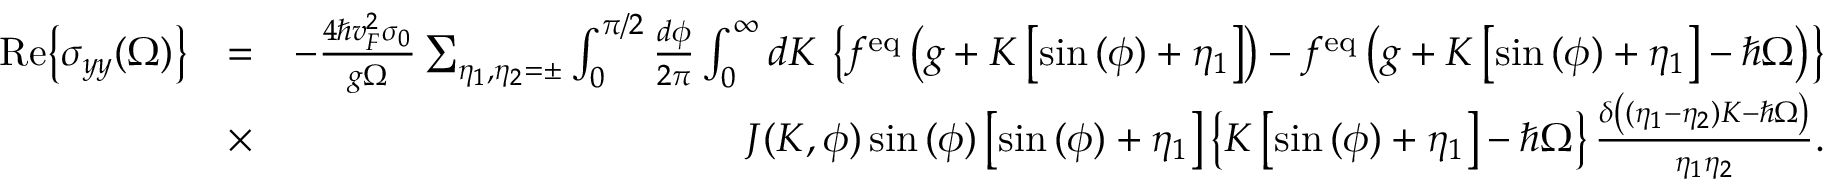
\begin{array} { r l r } { \mathrm { R e } { \left\{ \sigma _ { y y } ( \Omega ) \right\} } } & { = } & { - \frac { 4 \hbar v _ { F } ^ { 2 } \sigma _ { 0 } } { g \Omega } \sum _ { \eta _ { 1 } , \eta _ { 2 } = \pm } \int _ { 0 } ^ { \pi / 2 } \frac { d \phi } { 2 \pi } \int _ { 0 } ^ { \infty } d K \, \left\{ f ^ { \mathrm { e q } } \left( g + K \left[ \sin { ( \phi ) } + \eta _ { 1 } \right] \right) - f ^ { \mathrm { e q } } \left( g + K \left[ \sin { ( \phi ) } + \eta _ { 1 } \right] - \hbar \Omega \right) \right\} } \\ & { \times } & { J ( K , \phi ) \sin { ( \phi ) } \left[ \sin { ( \phi ) } + \eta _ { 1 } \right] \left\{ K \left[ \sin { ( \phi ) } + \eta _ { 1 } \right] - \hbar \Omega \right\} \frac { \delta \left( ( \eta _ { 1 } - \eta _ { 2 } ) K - \hbar \Omega \right) } { \eta _ { 1 } \eta _ { 2 } } . } \end{array}